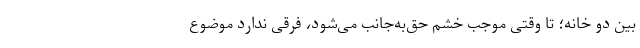
بین دو خانه؛ تا وقتی موجب خشم حق‌به‌جانب می‌شود، فرقی ندارد موضوع